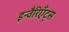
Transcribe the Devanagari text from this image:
इन्वैरिएँट्स